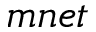
m n e t